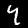
Label: 4